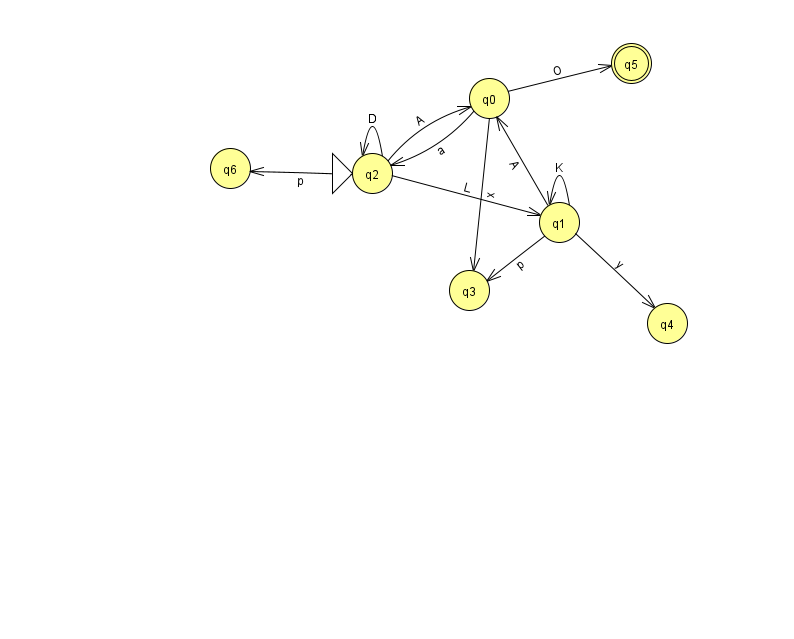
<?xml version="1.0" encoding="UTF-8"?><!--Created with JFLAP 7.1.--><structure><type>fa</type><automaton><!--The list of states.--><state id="0" name="q0"><x>489.0</x><y>85.0</y></state><state id="1" name="q1"><x>559.0</x><y>209.0</y></state><state id="2" name="q2"><x>372.0</x><y>160.0</y><initial/></state><state id="3" name="q3"><x>469.0</x><y>277.0</y></state><state id="4" name="q4"><x>667.0</x><y>310.0</y></state><state id="5" name="q5"><x>631.0</x><y>50.0</y><final/></state><state id="6" name="q6"><x>230.0</x><y>155.0</y></state><!--The list of transitions.--><transition><from>0</from><to>2</to><read>a</read></transition><transition><from>2</from><to>0</to><read>A</read></transition><transition><from>0</from><to>5</to><read>O</read></transition><transition><from>2</from><to>2</to><read>D</read></transition><transition><from>1</from><to>3</to><read>p</read></transition><transition><from>1</from><to>0</to><read>A</read></transition><transition><from>1</from><to>4</to><read>y</read></transition><transition><from>2</from><to>6</to><read>p</read></transition><transition><from>2</from><to>1</to><read>L</read></transition><transition><from>0</from><to>3</to><read>x</read></transition><transition><from>1</from><to>1</to><read>K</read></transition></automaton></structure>